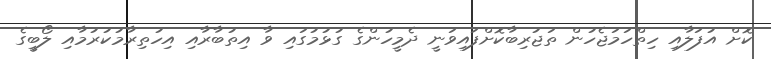
ކޮށް އުފަލާއި ހިތްހަމަޖެހުން ތަޖުރިބާކޮށްފައިވަނީ ދެމީހުންގެ ގުޅުމުގައި ވާ އިތުބާރާއި އިހުތިރާމުކުރުމާއި ލޯބީގެ